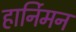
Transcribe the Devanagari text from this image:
हार्निमन